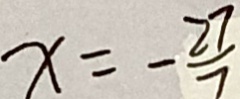
x = - \frac { 2 7 } { 7 }